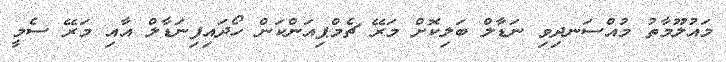
މައުލޫމާތު މުއްސަނދިވި ނަޑާލް ބަލިކޮށް މަރޭ ޗެމްޕިއަންކަން ހޯދައިފިނަޑާލް އާއި މަރޭ ސެމީ